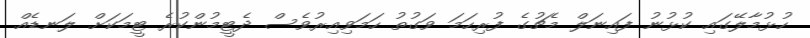
ހުޅުމާލޭގައި ކުޅުނު ފައިނަލް މެޗުގެ ފުރިހަމަ ވަގުތު ހަމަވިއިރުވެސް ދެޓީމުންކުރެ ޓީމަކަށް ލަނޑެއް